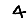
Digit: 4